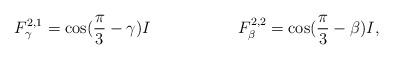
LaTeX: \begin{align*}F^{2,1}_{\gamma} &= \cos(\frac{\pi}{3} - \gamma) I & F^{2,2}_{\beta} &= \cos(\frac{\pi}{3} - \beta) I,\end{align*}